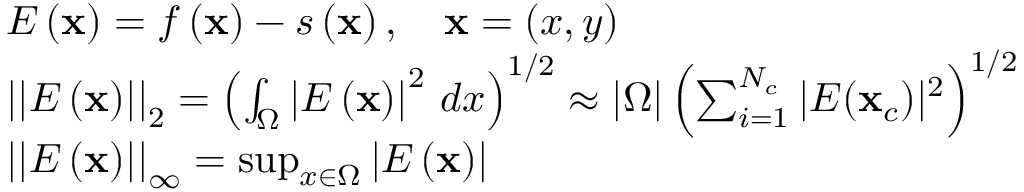
\begin{array} { r l } & { E \left( \mathbf { x } \right) = f \left( \mathbf { x } \right) - s \left( \mathbf { x } \right) , \quad \mathbf { x } = \left( x , y \right) } \\ & { \left| \left| E \left( \mathbf { x } \right) \right| \right| _ { 2 } = \left( \int _ { \Omega } \left| E \left( \mathbf { x } \right) \right| ^ { 2 } \, d x \right) ^ { 1 / 2 } \approx \left| \Omega \right| \left( \sum _ { i = 1 } ^ { N _ { c } } | E ( \mathbf { x } _ { c } ) | ^ { 2 } \right) ^ { 1 / 2 } } \\ & { \left| \left| E \left( \mathbf { x } \right) \right| \right| _ { \infty } = \operatorname* { s u p } _ { x \in \Omega } \left| E \left( \mathbf { x } \right) \right| } \end{array}